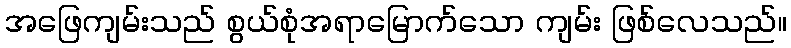
အဖြေကျမ်းသည် စွယ်စုံအရာမြောက်သော ကျမ်း ဖြစ်လေသည်။